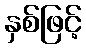
နှစ်ဖြင့်